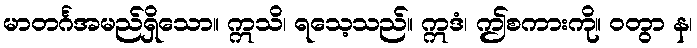
မာတင်္ဂအမည်ရှိသော။ ဣသိ၊ ရသေ့သည်။ ဣဒံ၊ ဤစကားကို။ ဝတွာ န၊